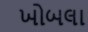
ખોબલા